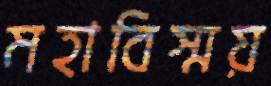
মহাবিস্ময়